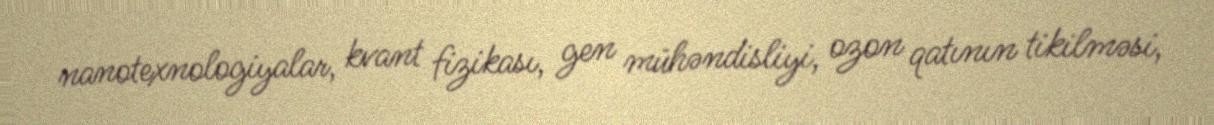
nanotexnologiyalar, kvant fizikası, gen mühəndisliyi, ozon qatının tikilməsi,